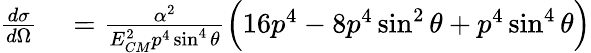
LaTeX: \begin{array}{rl}{{\frac{d\sigma}{d\Omega}}}&{{}={\frac{\alpha^{2}}{E_{CM}^{2}p^{4}\sin^{4}\theta}}{\Big(}16p^{4}-8p^{4}\sin^{2}\theta+p^{4}\sin^{4}\theta{\Big)}}\end{array}